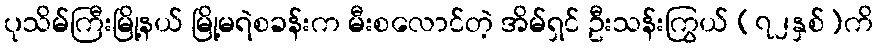
ပုသိမ်ကြီးမြို့နယ် မြို့မရဲစခန်းက မီးစလောင်တဲ့ အိမ်ရှင် ဦးသန်းကြွယ် (၇၂နှစ်)ကိ